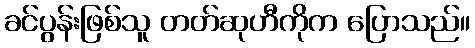
ခင်ပွန်းဖြစ်သူ တတ်ဆုဟီကိုက ပြောသည်။